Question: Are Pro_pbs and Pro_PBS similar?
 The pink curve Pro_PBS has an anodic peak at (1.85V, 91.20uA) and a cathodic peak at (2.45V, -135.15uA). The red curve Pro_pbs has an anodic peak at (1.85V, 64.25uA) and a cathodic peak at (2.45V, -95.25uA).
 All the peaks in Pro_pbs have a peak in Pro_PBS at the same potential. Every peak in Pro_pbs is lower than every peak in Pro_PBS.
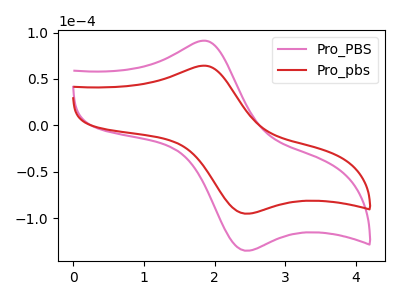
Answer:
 <answer>"Pro_pbs" and "Pro_PBS" are similar in shape.</answer>
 <eval>same_shape</eval>